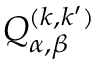
Q _ { \alpha , \beta } ^ { ( k , k ^ { \prime } ) }